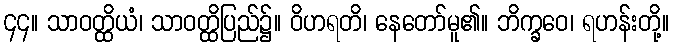
၄၄။ သာဝတ္ထိယံ၊ သာဝတ္ထိပြည်၌။ ဝိဟရတိ၊ နေတော်မူ၏။ ဘိက္ခဝေ၊ ရဟန်းတို့။